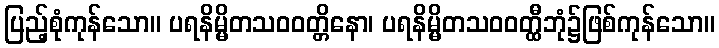
ပြည့်စုံကုန်သော။ ပရနိမ္မိတသဝဝတ္တိနော၊ ပရနိမ္မိတသဝဝတ္ထီဘုံ၌ဖြစ်ကုန်သော။